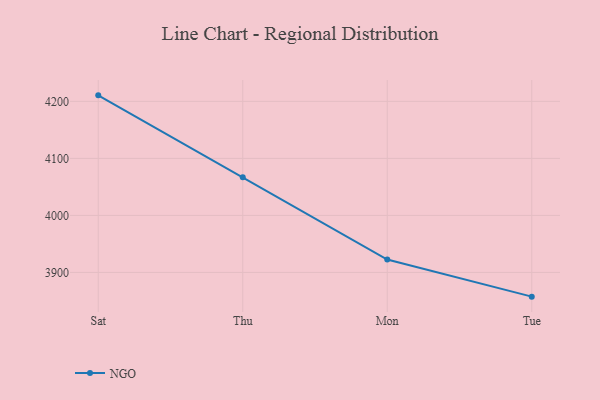
{"axis": {"x": "Day", "y": "Latency (ms)"}, "legend": ["NGO"], "data": [{"x": "Sat", "y": 4210.6, "type": "NGO"}, {"x": "Thu", "y": 4066.9, "type": "NGO"}, {"x": "Mon", "y": 3922.5, "type": "NGO"}, {"x": "Tue", "y": 3857.5, "type": "NGO"}]}